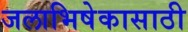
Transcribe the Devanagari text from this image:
जलाभिषेकासाठी